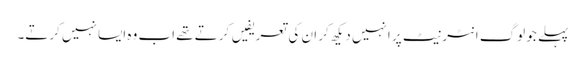
پہلے جو لوگ انٹرنیٹ پر انہیں دیکھ کر ان کی تعریفیں کرتے تھے اب وہ ایسا نہیں کرتے۔